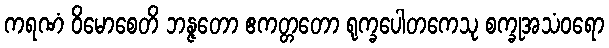
ကရဏံ ဝိမောစေတိ ဘန္ဇတော ဧကတ္တတော ရုက္ခပေါတကေသု စက္ခုအသံဝရော